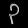
Digit: ၃